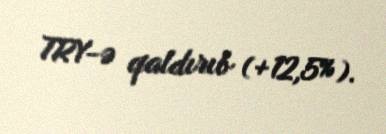
TRY-ə qaldırıb (+12,5%).